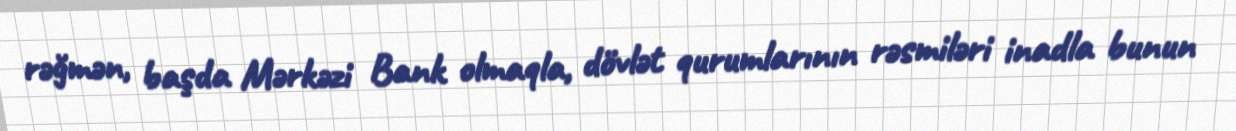
rəğmən, başda Mərkəzi Bank olmaqla, dövlət qurumlarının rəsmiləri inadla bunun